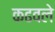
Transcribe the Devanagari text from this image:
कढवले